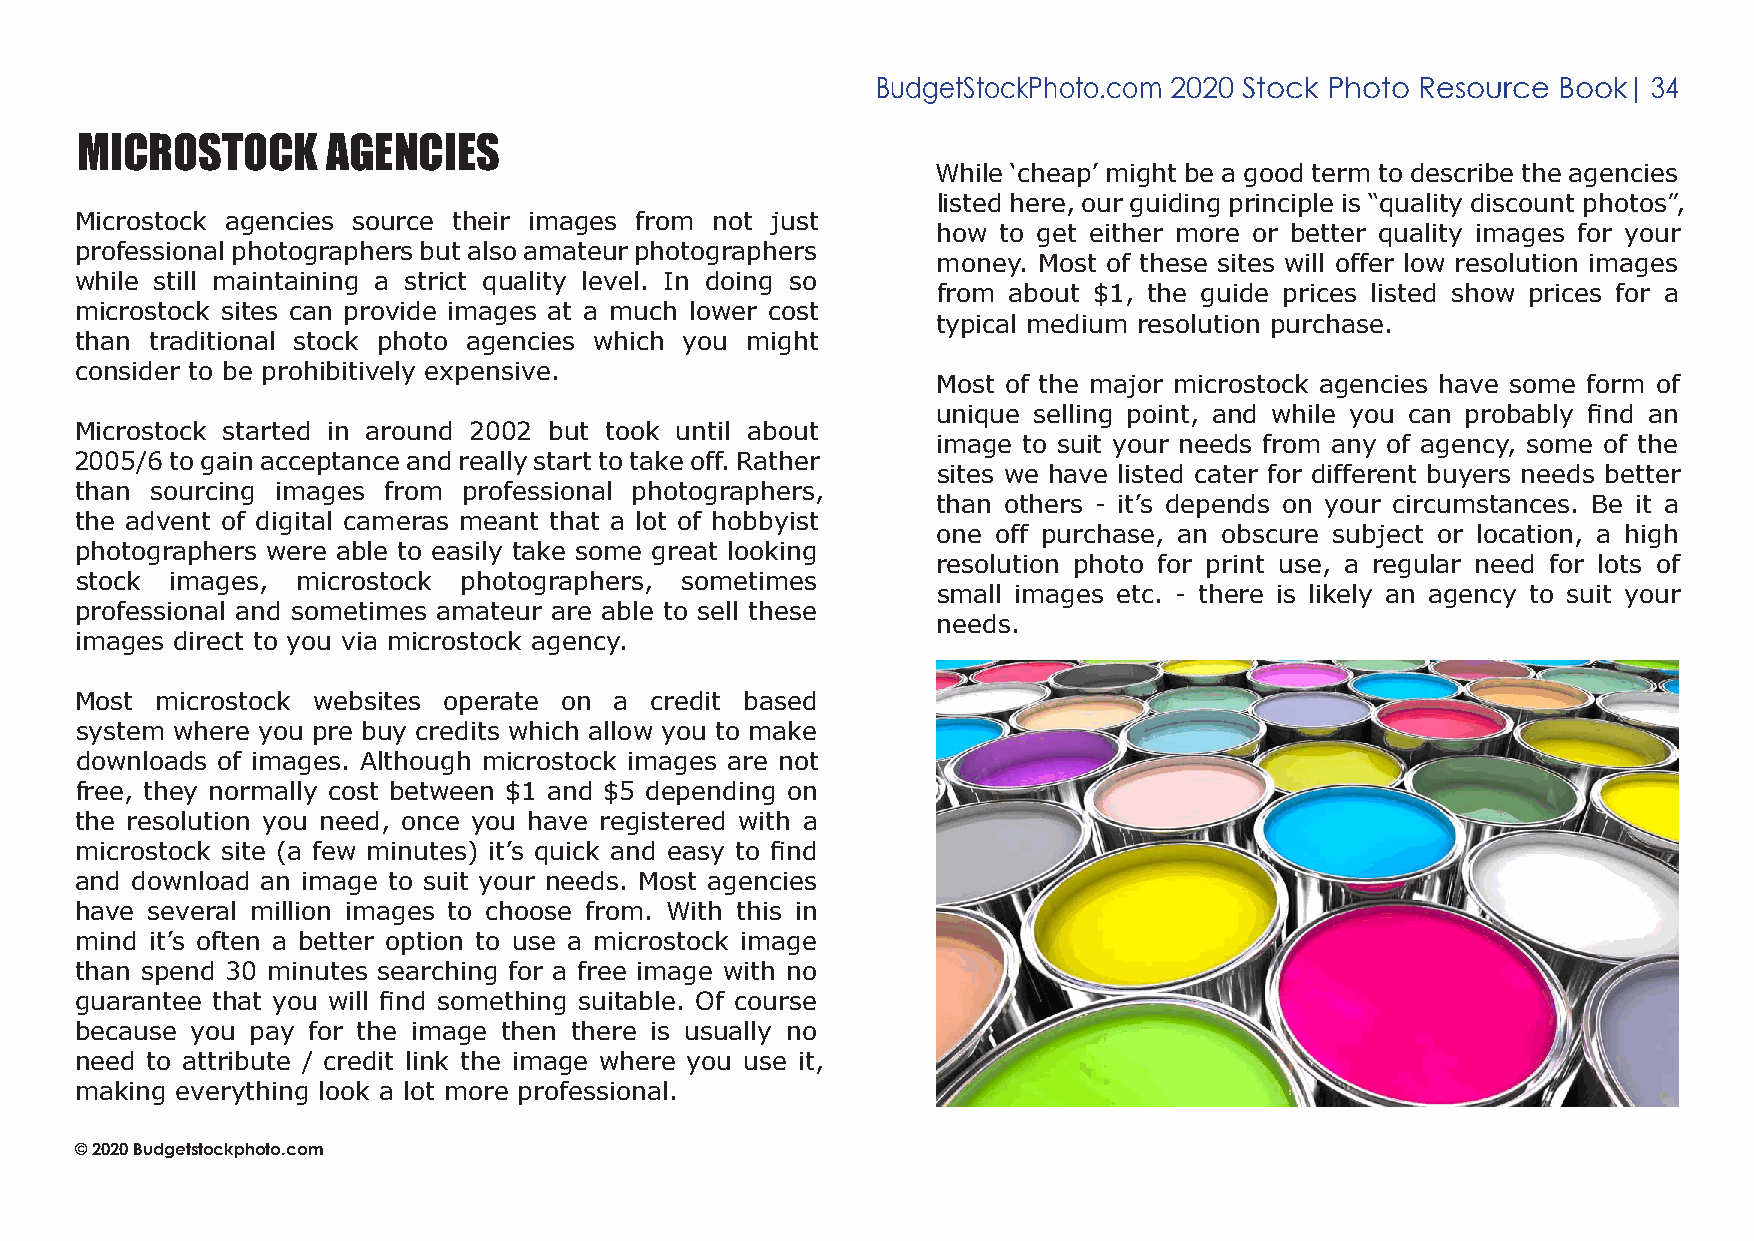
BudgetStockPhoto.com 2020 Stock Photo Resource Book| 34
 mICRostoCk       agenCIes
 While ‘cheap’ might be a good term to describe the agencies
 listed here, our guiding principle is “quality discount photos”,
 Microstock agencies source their images from not just
 how to get either more or better quality images for your
 professional photographers but also amateur photographers
 money. Most of these sites will offer low resolution images
 while still maintaining a strict quality level. In doing so
 from about $1, the guide prices listed show prices for a
 microstock sites can provide images at a much lower cost
 typical medium resolution purchase.
 than traditional stock photo agencies which you might
 consider to be prohibitively expensive.
 Most of the major microstock agencies have some form of
 unique selling point, and while you can probably find an
 Microstock started in around 2002 but took until about
 image to suit your needs from any of agency, some of the
 2005/6 to gain acceptance and really start to take off. Rather
 sites we have listed cater for different buyers needs better
 than sourcing images from professional photographers,
 than others - it’s depends on your circumstances. Be it a
 the advent of digital cameras meant that a lot of hobbyist
 one off purchase, an obscure subject or location, a high
 photographers were able to easily take some great looking
 resolution photo for print use, a regular need for lots of
 stock images,  microstock photographers, sometimes
 small images etc. - there is likely an agency to suit your
 professional and sometimes amateur are able to sell these
 needs.
 images direct to you via microstock agency.
 Most microstock websites operate on a credit based
 system where you pre buy credits which allow you to make
 downloads of images. Although microstock images are not
 free, they normally cost between $1 and $5 depending on
 the resolution you need, once you have registered with a
 microstock site (a few minutes) it’s quick and easy to find
 and download an image to suit your needs. Most agencies
 have several million images to choose from. With this in
 mind it’s often a better option to use a microstock image
 than spend 30 minutes searching for a free image with no
 guarantee that you will find something suitable. Of course
 because you pay for the image then there is usually no
 need to attribute / credit link the image where you use it,
 making everything look a lot more professional.
 © 2020 Budgetstockphoto.com